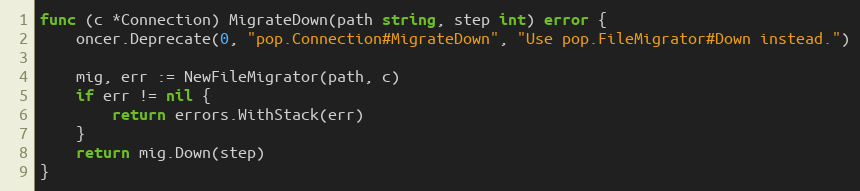
Language: Go
func (c *Connection) MigrateDown(path string, step int) error {
	oncer.Deprecate(0, "pop.Connection#MigrateDown", "Use pop.FileMigrator#Down instead.")

	mig, err := NewFileMigrator(path, c)
	if err != nil {
		return errors.WithStack(err)
	}
	return mig.Down(step)
}